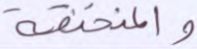
والمنخنقة